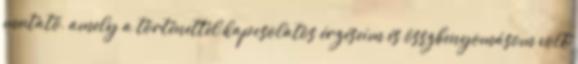
mutató, amely a történettel kapcsolatos érzéseim és összbenyomásom volt